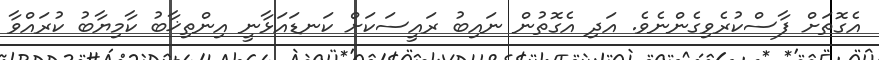
އެގޮތަށް ފާސްކުރެވިގެންނެވެ. އަދި އެގޮތުން ނައިބު ރައީސަކަށް ކަނޑައަޅާނީ އިންތިޚާބު ކާމިޔާބު ކުރައްވާ